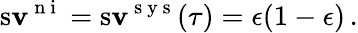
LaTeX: \operatorname{s\mathbf{v}}^{\mathrm{{~n~i~}}}=\operatorname{s\mathbf{v}}^{\mathrm{{~s~y~s~}}}(\tau)=\epsilon(1-\epsilon)\, .